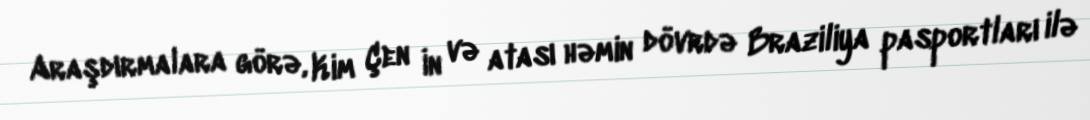
Araşdırmalara görə, Kim Çen İn və atası həmin dövrdə Braziliya pasportları ilə